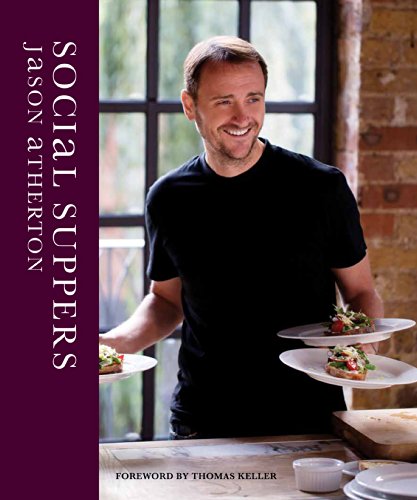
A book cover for Social Suppers; Jason Atherton; Cookbooks, Food & Wine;